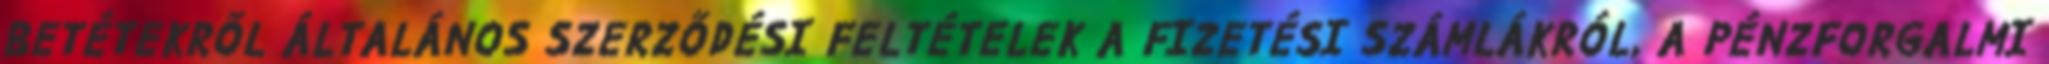
BETÉTEKRŐL ÁLTALÁNOS SZERZŐDÉSI FELTÉTELEK A FIZETÉSI SZÁMLÁKRÓL, A PÉNZFORGALMI